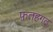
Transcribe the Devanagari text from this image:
फ़तहगढ़